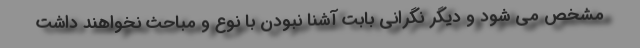
مشخص می شود و دیگر نگرانی بابت آشنا نبودن با نوع و مباحث نخواهند داشت